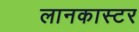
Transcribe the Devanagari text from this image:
लानकास्टर